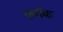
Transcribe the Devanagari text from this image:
क्वॉक